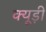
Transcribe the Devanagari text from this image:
क्यूड़ी